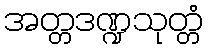
အတ္တဒဏ္ဍသုတ္တံ